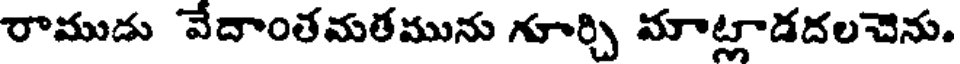
రాముడు వేదాంతమతమును గూర్చి మాట్లాడదలచెను.